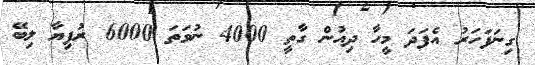
ގިނަފަހަރު އެފަދަ މީހާ ދިއުން ގާތީ 4000 ނުވަތަ 6000 ރުފިޔާ ލިބޭ